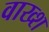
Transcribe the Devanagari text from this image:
वाख्श